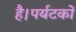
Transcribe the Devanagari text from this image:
है।पर्यटकों